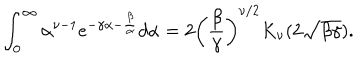
LaTeX: \int _ { 0 } ^ { \infty } \alpha ^ { \nu - 1 } e ^ { - \gamma \alpha - \frac { \beta } { \alpha } } d \alpha = 2 \left( \frac { \beta } { \gamma } \right) ^ { \nu / 2 } K _ { \nu } ( 2 \sqrt { \beta \gamma } ) .